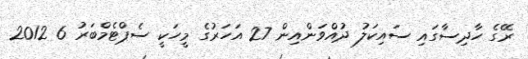
ރޭގެ ހާދިސާގައި ސައިކަލު ދުއްވަންއިން 27 އަހަރުގެ މީހަކީ ސެޕްޓެމްބަރު 6 2012